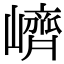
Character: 𡽉